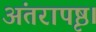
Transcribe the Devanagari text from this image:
अंतरापृष्ठ।